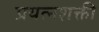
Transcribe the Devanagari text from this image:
प्रयत्‍नशक्ती